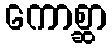
ကောစ္ဆာ